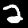
Digit: 2